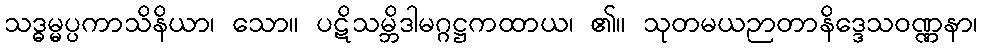
သဒ္ဓမ္မပ္ပကာသိနိယာ၊ သော။ ပဋိသမ္ဘိဒါမဂ္ဂဋ္ဌကထာယ၊ ၏။ သုတမယဉာတာနိဒ္ဒေသဝဏ္ဏနာ၊